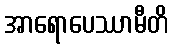
အာရောပေဿာမီတိ